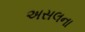
અસલના